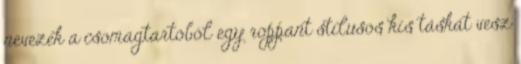
nevezek a csomagtartóból egy roppant stílusos kis táskát vesz